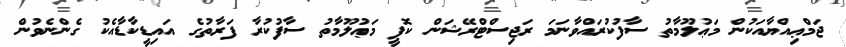
ޖަމްޢިއްޔާއަކުން މަޢުލޫމާތު ސާފުކުރައްވާނަމަ ރަޖިސްޓްރޭޝަން ކޮޕީ މަޢުލޫމާތު ސާފުކުރާ ފަރާތުގެ އައިޑީކާޑާއެކު ގެންނެވުން